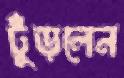
ঢুঁড়লেন